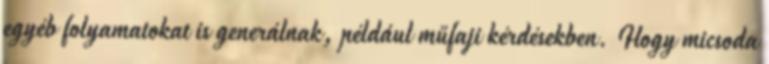
egyéb folyamatokat is generálnak, például műfaji kérdésekben. Hogy micsoda